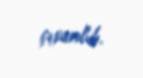
çıxarılıb.